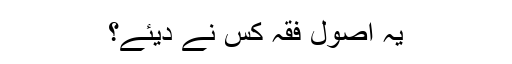
یہ اصول فقہ کس نے دیئے؟